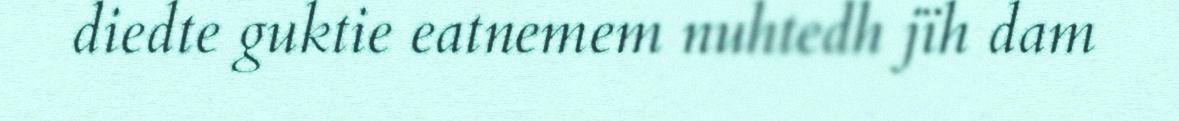
diedte guktie eatnemem nuhtedh jïh dam